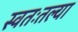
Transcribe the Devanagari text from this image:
स्वतःतल्या